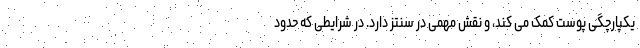
یکپارچگی پوست کمک می کند، و نقش مهمی در سنتز دارد. در شرایطی که حدود